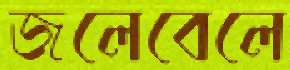
জলেবেলে